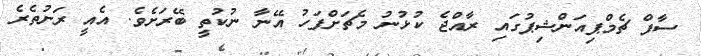
ސާފް ޗެމްޕިއަންޝިޕުގައި ރާއްޖެ ކުޅުނު މެޗަށްފަހު އޭނާ ނުކުތީ ބޭރަށެވެ. އެއީ ރަށުތެރެ